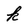
Character: k